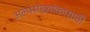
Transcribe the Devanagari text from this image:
अल्पसंख्यांकासाठी